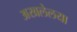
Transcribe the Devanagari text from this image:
अखलेलया